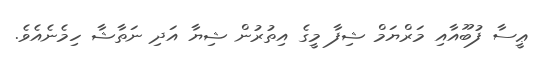
ޢީސާ ފުބޫއާއި މަރްޔަމް ޝިފާ މީގެ އިތުރުން ޝިޔާ އަދި ނަތާޝާ ހިމެނެއެވެ.